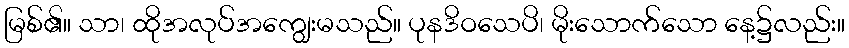
မြစ်၏။ သာ၊ ထိုအလုပ်အကျွေးမသည်။ ပုနဒိဝသေပိ၊ မိုးသောက်သော နေ့၌လည်း။